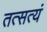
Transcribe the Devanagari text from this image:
तत्सत्यं